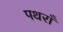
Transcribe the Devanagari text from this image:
पथराँ